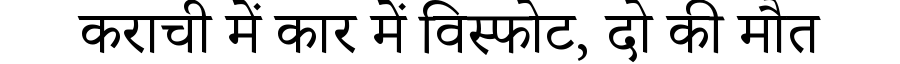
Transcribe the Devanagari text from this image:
कराची में कार में विस्फोट, दो की मौत